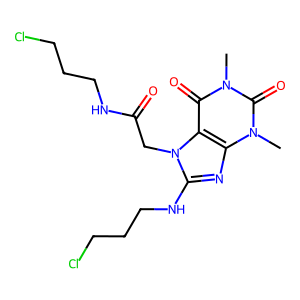
SMILES: Cn1c(=O)c2c(nc(NCCCCl)n2CC(=O)NCCCCl)n(C)c1=O
Inhibits HIV replication: No